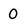
Character: 0